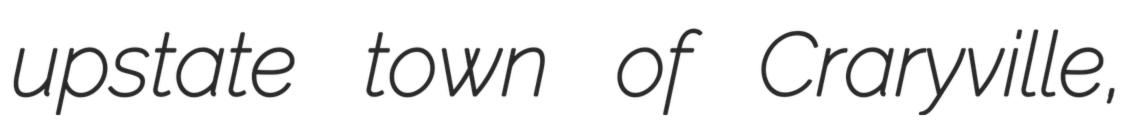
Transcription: upstate town of Craryville,